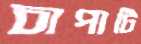
চাপাটি